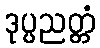
ဒုပ္ပညတ္တံ